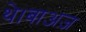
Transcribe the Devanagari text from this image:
थे।बाअज़